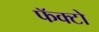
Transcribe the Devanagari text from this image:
फॅक्टो